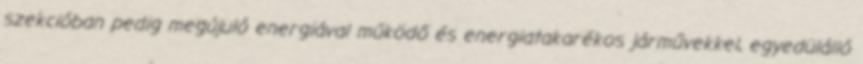
szekcióban pedig megújuló energiával működő és energiatakarékos járművekkel, egyedülálló